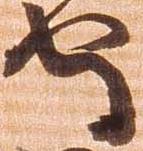
守